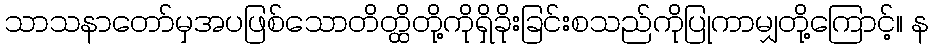
သာသနာတော်မှအပဖြစ်သောတိတ္ထိတို့ကိုရှိခိုးခြင်းစသည်ကိုပြုကာမျှတို့ကြောင့်။ န